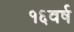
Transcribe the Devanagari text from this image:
१६वर्ष